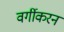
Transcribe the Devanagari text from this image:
वर्गीकरन